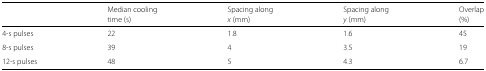
<table><thead><tr><td></td><td><b>Median cooling</b></td><td><b>Spacing along</b></td><td><b>Spacing along</b></td><td><b>Overlap</b></td></tr><tr><td></td><td><b>time (s)</b></td><td><b><i>x</i> (mm)</b></td><td><b><i>y</i> (mm)</b></td><td><b>(%)</b></td></tr></thead><tbody><tr><td>4-s pulses</td><td>22</td><td>1.8</td><td>1.6</td><td>45</td></tr><tr><td>8-s pulses</td><td>39</td><td>4</td><td>3.5</td><td>19</td></tr><tr><td>12-s pulses</td><td>48</td><td>5</td><td>4.3</td><td>6.7</td></tr></tbody></table>